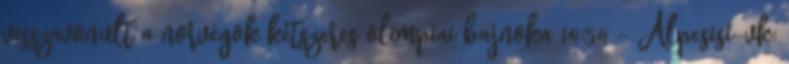
visszavonult a norvégok kétszeres olimpiai bajnoka 14:54 - Alpesisí-vk: